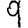
Digit: 9